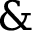
\&